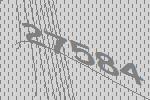
27584